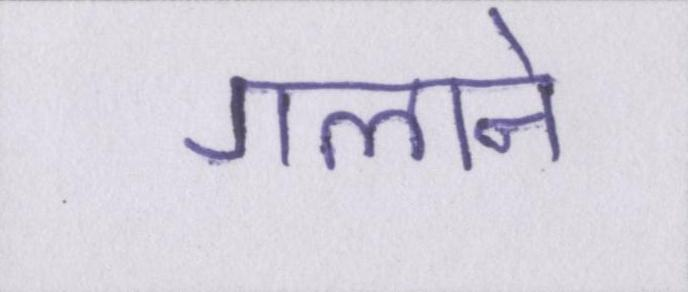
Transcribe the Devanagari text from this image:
गलाने